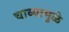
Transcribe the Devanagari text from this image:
चाव्यामुळे